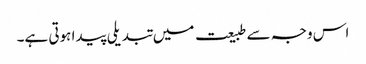
اس وجہ سے طبیعت میں تبدیلی پیدا ہوتی ہے۔